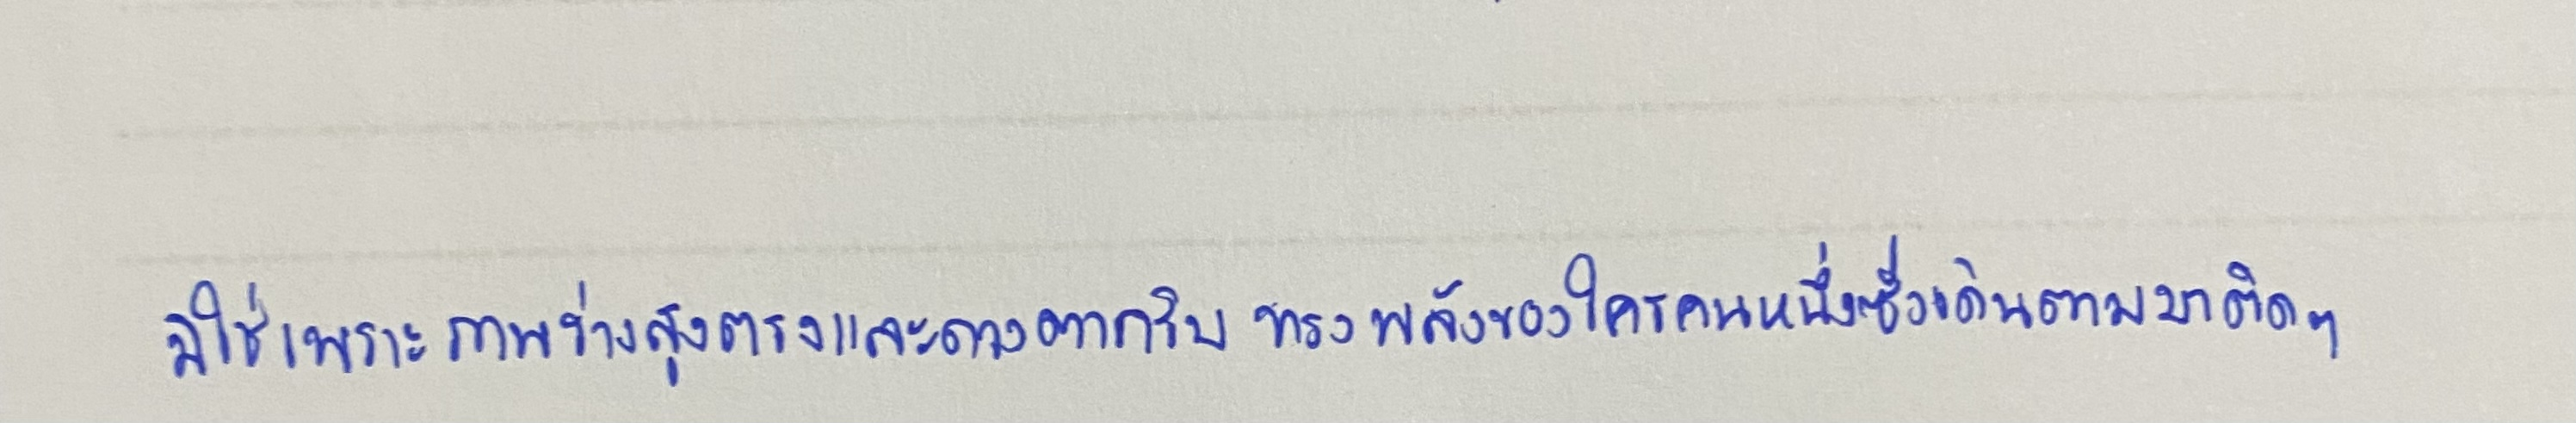
มิใช่เพราะภาพร่างสูงตรงและดวงตากริบทรงพลังของใครคนหนึ่งซึ่งเดินตามมาติดๆ